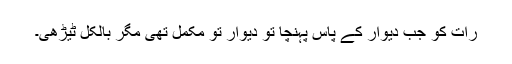
رات کو جب دیوار کے پاس پہنچا تو دیوار تو مکمل تھی مگر بالکل ٹیڑھی۔